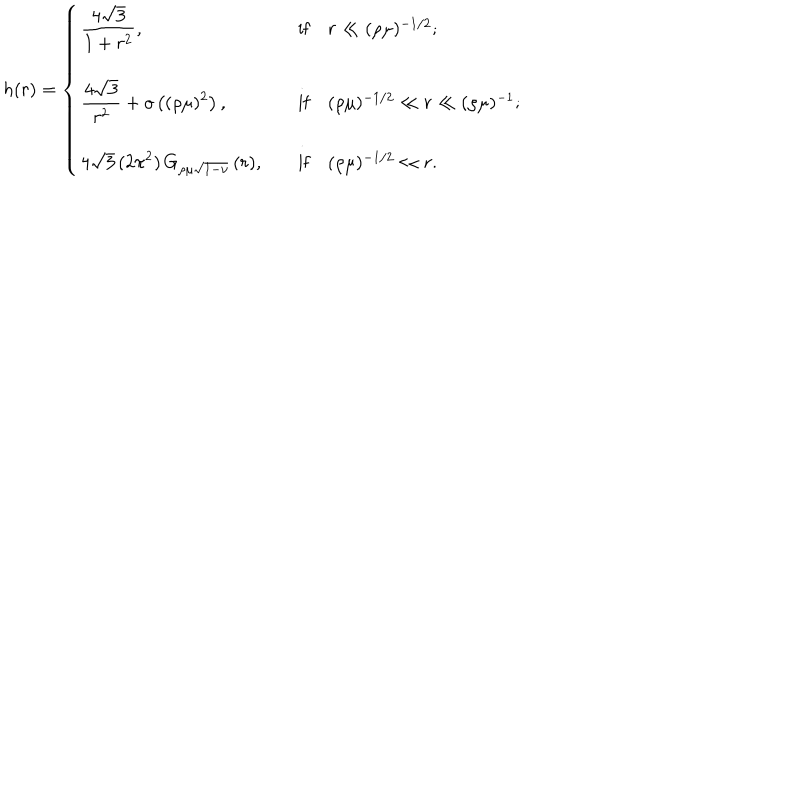
h ( r ) = \left\{ \begin{array} { l l } { { \displaystyle \frac { 4 \sqrt { 3 } } { 1 + r ^ { 2 } } , } } & { { \quad \mathrm { i f } \quad r \ll ( \rho \mu ) ^ { - 1 / 2 } ; } } \\ { { \displaystyle \frac { 4 \sqrt { 3 } } { r ^ { 2 } } + o \left( ( \rho \mu ) ^ { 2 } \right) , } } & { { \quad \mathrm { i f } \quad ( \rho \mu ) ^ { - 1 / 2 } \ll r \ll ( \rho \mu ) ^ { - 1 } ; } } \\ { { \displaystyle 4 \sqrt { 3 } \, ( 2 \pi ^ { 2 } ) \, G _ { \rho \mu \sqrt { 1 - \nu } } \, ( r ) , } } & { { \quad \mathrm { i f } \quad ( \rho \mu ) ^ { - 1 / 2 } \ll r . } } \\ \end{array} \right.